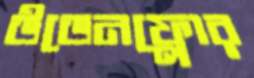
উডেনফ্লোর